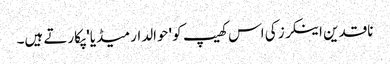
ناقدین اینکرز کی اس کھیپ کو 'حوالدار میڈیا' پکارتے ہیں۔